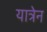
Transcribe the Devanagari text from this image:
यात्रेन